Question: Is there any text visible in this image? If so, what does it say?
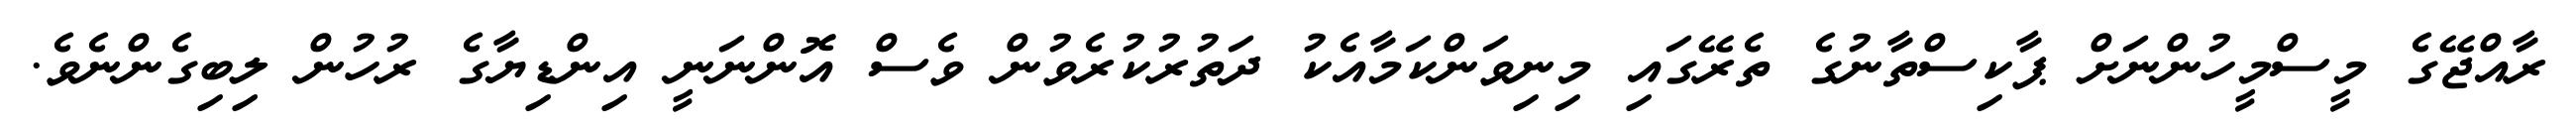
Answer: ރާއްޖޭގެ މީސްމީހުންނަށް ޕާކިސްތާނުގެ ތެރޭގައި މިނިވަންކަމާއެކު ދަތުރުކުރެވުން ވެސް އޮންނަނީ އިންޑިޔާގެ ރުހުން ލިބިގެންނެވެ.